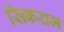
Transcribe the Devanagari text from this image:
सिकराम